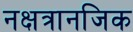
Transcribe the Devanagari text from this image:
नक्षत्रानजिक